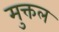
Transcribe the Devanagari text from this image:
मुक्तल